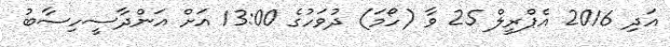
އަދި 2016 އެޕްރީލް 25 ވާ (ހޯމަ) ދުވަހުގެ 13:00 އަށް އަންދާސީހިސާބު